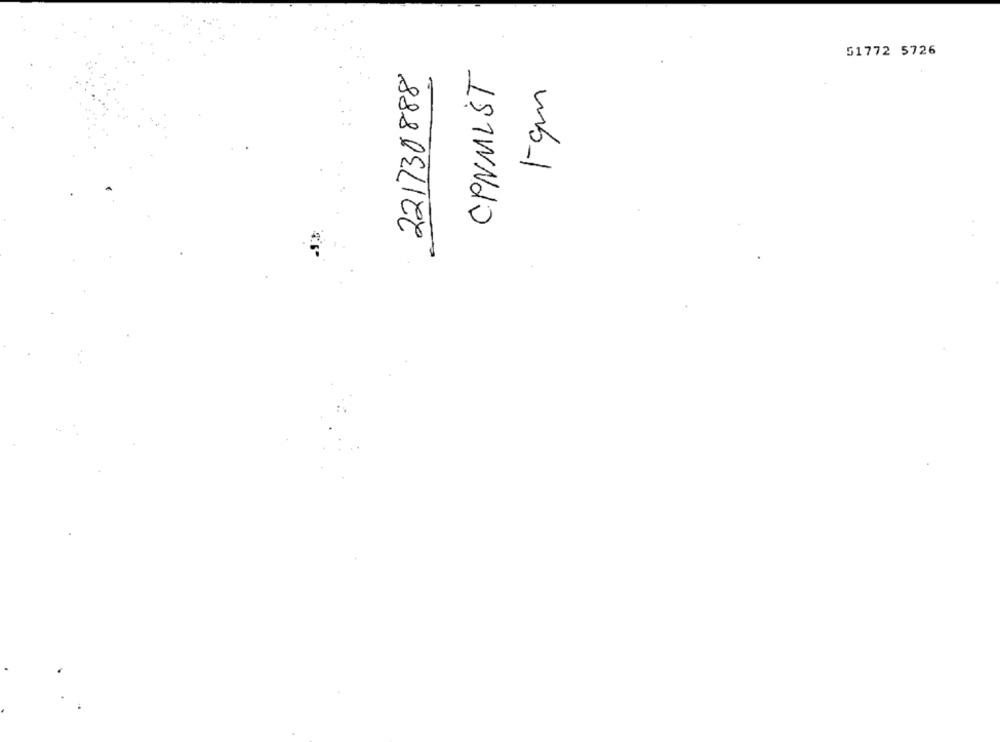
51772 5726
CPNMIST
221730888
1-cm